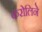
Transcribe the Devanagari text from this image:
करोलिने